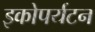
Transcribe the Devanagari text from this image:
इकोपर्यटन